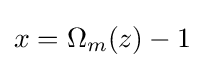
{\textstyle x=\Omega _{m}(z)-1}